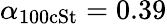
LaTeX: \alpha_{\mathrm{100cSt}}=0.39